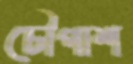
চৌপাশ